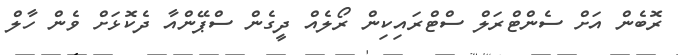
ރޮބެން އަށް ސެންޓްރަލް ސްޓްރައިކިން ރޯލެއް ދީގެން ސްޕޭންއާ ދެކޮޅަށް ވެން ހާލް